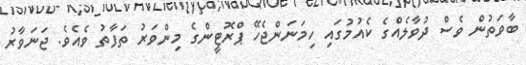
ބާވަތުން ވެސް ދުވާލެއްގެ ކެއުމުގައި ހިމަނަންޖެހޭ ޕްރޮޓީންގެ މިންވަރު ތަފާތު ވެއެވެ. ޖަނަވާރު